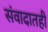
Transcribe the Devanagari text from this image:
संवादातही